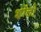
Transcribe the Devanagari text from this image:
शॉलो